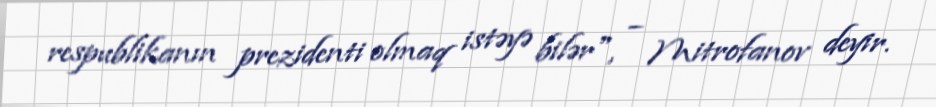
respublikanın prezidenti olmaq istəyə bilər", – Mitrofanov deyir.